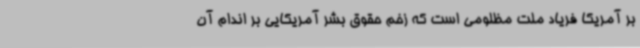
بر آمریکا فریاد ملت مظلومی است که زخم حقوق بشر آمریکایی بر اندام آن